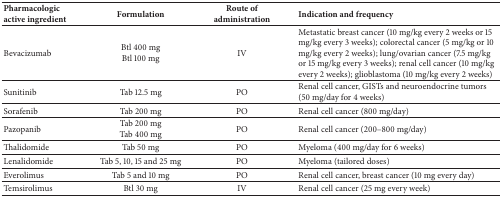
| Pharmacologic active ingredient | Formulation | Route of administration | Indication and frequency |
 | --- | --- | --- | --- |
 | Bevacizumab | Btl 400 mgBtl 100 mg | IV | Metastatic breast cancer (10 mg/kg every 2 weeks or 15 mg/kg every 3 weeks); colorectal cancer (5 mg/kg or 10 mg/kg every 2 weeks); lung/ovarian cancer (7.5 mg/kg or 15 mg/kg every 3 weeks); renal cell cancer (10 mg/kg every 2 weeks); glioblastoma (10 mg/kg every 2 weeks) |
 | Sunitinib | Tab 12.5 mg | PO | Renal cell cancer, GISTs and neuroendocrine tumors (50 mg/day for 4 weeks) |
 | Sorafenib | Tab 200 mg | PO | Renal cell cancer (800 mg/day) |
 | Pazopanib | Tab 200 mgTab 400 mg | PO | Renal cell cancer (200–800 mg/day) |
 | Thalidomide | Tab 50 mg | PO | Myeloma (400 mg/day for 6 weeks) |
 | Lenalidomide | Tab 5, 10, 15 and 25 mg | PO | Myeloma (tailored doses) |
 | Everolimus | Tab 5 and 10 mg | PO | Renal cell cancer, breast cancer (10 mg every day) |
 | Temsirolimus | Btl 30 mg | IV | Renal cell cancer (25 mg every week) |